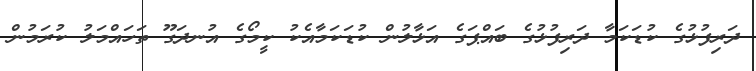
ދަރިފުޅުގެ ކުޑަކަމާ ދަރިފުޅުގެ ބައްޕަގެ އަޅާލުން ކުޑަކަމާއެކު ކީމޯގެ އުނދަގޫ ތަހައްމަލު ކުރަމުން